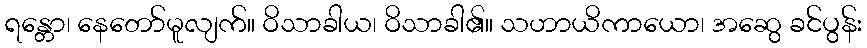
ရန္တော၊ နေတော်မူလျက်။ ဝိသာခါယ၊ ဝိသာခါ၏။ သဟာယိကာယော၊ အဆွေ ခင်ပွန်း